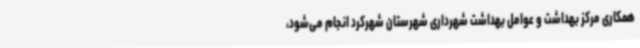
همکاری مرکز بهداشت و عوامل بهداشت شهرداری شهرستان شهرکرد انجام می‌شود،